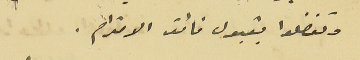
وتفضلوا بقبول فائق الاحترام.